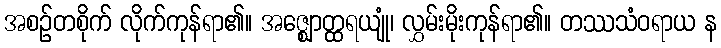
အစဉ်တစိုက် လိုက်ကုန်ရာ၏။ အဇ္ဈောတ္ထရယျုံ၊ လွှမ်းမိုးကုန်ရာ၏။ တဿသံဝရာယ န